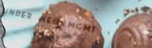
UNDER NEW MGMT